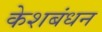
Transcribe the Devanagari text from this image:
केशबंधन